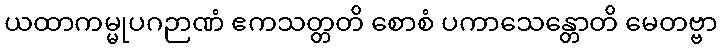
ယထာကမ္မုပဂဉာဏံ ဧကသတ္တတိ စောစံ ပကာသေန္တောတိ မေတဗ္ဗာ